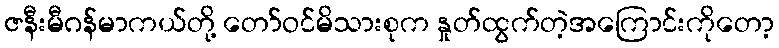
ဇနီးမီဂန်မာကယ်တို့ တော်ဝင်မိသားစုက နှုတ်ထွက်တဲ့အကြောင်းကိုတော့